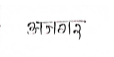
मजकूर: अजगर